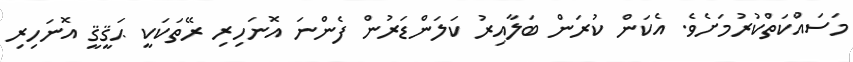
މަސައްކަތްކުރުމަށެވެ. އެކަން ކުރަން ބަލާއިރު ކަލަންޑަރުން ފެންނަ އޮނަހިރި ރޭތަކަކީ ޙަޤީޤީ އޮނަހިރި